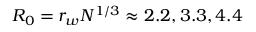
R _ { 0 } = r _ { w } N ^ { 1 / 3 } \approx 2 . 2 , 3 . 3 , 4 . 4